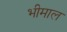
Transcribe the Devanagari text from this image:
भीमाल